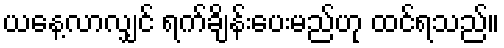
ယနေ့လာလျှင် ရက်ချိန်းပေးမည်ဟု ထင်ရသည်။